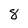
Character: 8